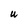
Character: U